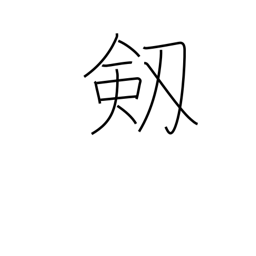
Meaning: sword